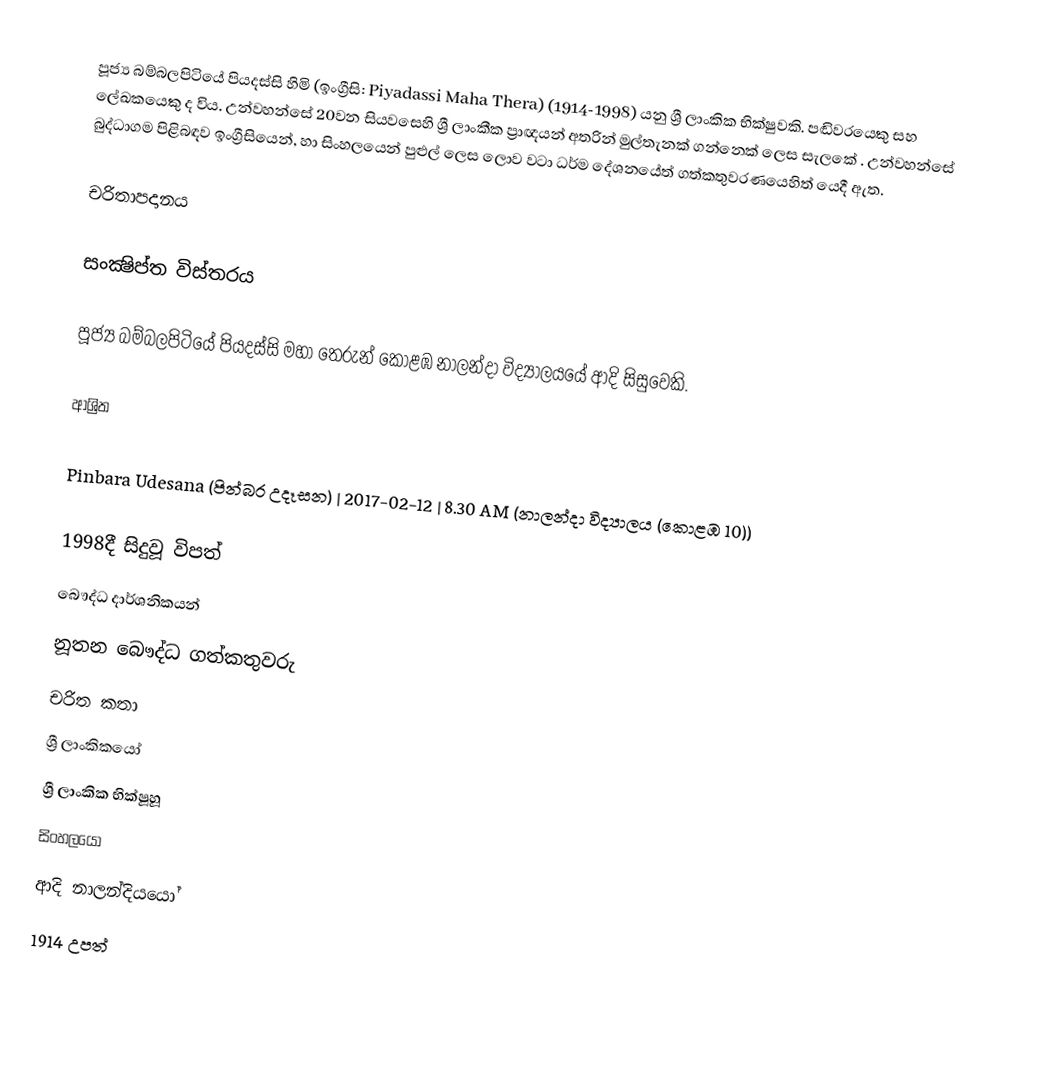
පූජ්‍ය බම්බලපිටියේ පියදස්සි හිමි (ඉංග්‍රීසි: Piyadassi Maha Thera) (1914-1998) යනු ශ්‍රී ලාංකික භික්ෂුවකි.  පඬිවරයෙකු සහ ලේඛකයෙකු ද විය. උන්වහන්සේ 20වන සියවසෙහි  ශ්‍රී ලාංකීක ප්‍රාඥයන්  අතරින් මුල්තැනක් ගන්නෙක් ලෙස සැලකේ .  උන්වහන්සේ බුද්ධාගම පිළිබඳව ඉංග්‍රීසියෙන්, හා සිංහලයෙන් පුළුල් ලෙස ලොව වටා ධර්ම දේශනයේත් ගත්කතුවරණයෙහිත් යෙදී ඇත.

චරිතාපදානය

සංක්‍ෂිප්ත විස්තරය

පූජ්‍ය බම්බලපිටියේ පියදස්සි මහා තෙරුන් කොළඹ නාලන්දා විද්‍යාලයයේ ආදි සිසුවෙකි.

ආශ්‍රිත

 Pinbara Udesana (පින්බර උදෑසන) | 2017-02-12 | 8.30 AM (නාලන්දා විද්‍යාලය (කොළඹ 10))

1998දී සිදුවූ විපත්
බෞද්ධ දාර්ශනිකයන්
නූතන බෞද්ධ ගත්කතුවරු
චරිත කතා
ශ්‍රී ලාංකිකයෝ
ශ්‍රී ලාංකික භික්ෂූහූ
සිංහලයෝ
ආදි නාලන්දියයෝ
1914 උපත්